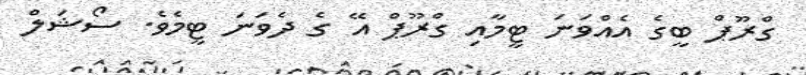
ގްރޫޕް ބީގެ އެއްވަނަ ޓީމާއި ގްރޫޕް އޭ ގެ ދެވަނަ ޓީމެވެ. ސޯޝަލް